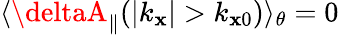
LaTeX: \langle\deltaA_{\parallel}(|k_{\mathbf{x}}|>k_{\mathbf{x}0})\rangle_{\theta}=0